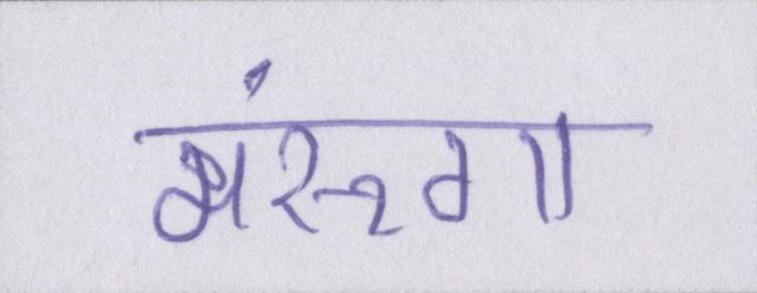
मरूंगा